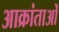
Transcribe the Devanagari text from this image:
आक्रांताओँ